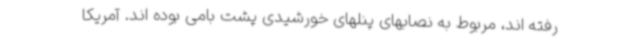
رفته اند، مربوط به نصابهای پنلهای خورشیدی پشت بامی بوده اند. آمریکا